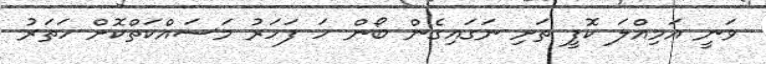
ވަނީ އަމިއްލަ ކޮފީ ތަށި ނަގައިގެން ބޯން ހަ ފަހަރު މަސައްކަތްކޮށް ހަތަރު